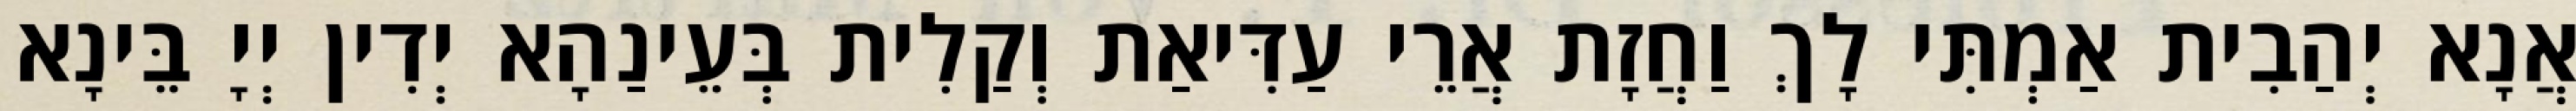
אֲנָא יְהַבִית אַמְתִּי לָךְ וַחֲזָת אֲרֵי עַדִּיאַת וְקַלִית בְּעֵינַהָא יְדִין יְיָ בֵּינָא